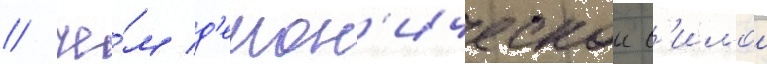
/ че́м д'емон'ическои с'илои